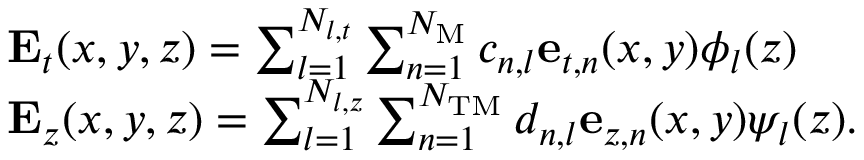
\begin{array} { r l } & { { \bf { E } } _ { t } ( x , y , z ) = \sum _ { l = 1 } ^ { N _ { l , t } } \sum _ { n = 1 } ^ { N _ { \mathrm { M } } } c _ { n , l } { \bf { e } } _ { t , n } ( x , y ) \phi _ { l } ( z ) } \\ & { { \bf { E } } _ { z } ( x , y , z ) = \sum _ { l = 1 } ^ { N _ { l , z } } \sum _ { n = 1 } ^ { N _ { \mathrm { T M } } } d _ { n , l } { \bf { e } } _ { z , n } ( x , y ) \psi _ { l } ( z ) . } \end{array}